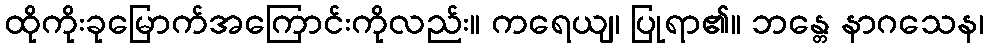
ထိုကိုးခုမြောက်အကြောင်းကိုလည်း။ ကရေယျ၊ ပြုရာ၏။ ဘန္တေ နာဂသေန၊